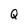
Character: Q